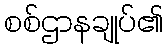
စစ်ဌာနချုပ်၏